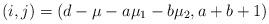
LaTeX: \begin{align*}(i,j) = (d-\mu-a \mu_1 -b \mu_2, a+b+1)\end{align*}